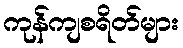
ကုန်ကျစရိတ်များ